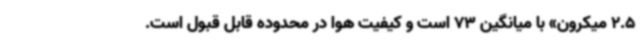
2.5 میکرون» با میانگین 73 است‌ و کیفیت هوا در محدوده قابل قبول است.